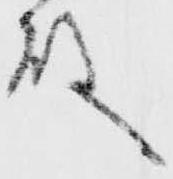
殿